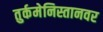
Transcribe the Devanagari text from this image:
तुर्कमेनिस्तानवर